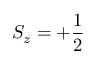
S _ { z } = + \frac { 1 } { 2 }